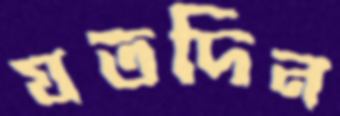
যতদিন